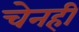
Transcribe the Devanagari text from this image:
चेनही